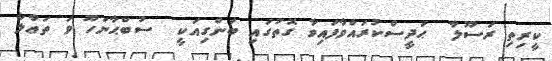
ކީރިތި ރަސޫލާ  ޙަދީސްކުރައްވާފައިވާ ގޮތުގައި ބަންގިއަކީ  ސުބްޙާނަހޫ ވަ ތަޢާލާ